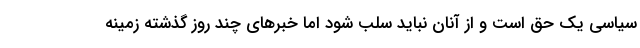
سیاسی یک حق است و از آنان نباید سلب شود اما خبرهای چند روز گذشته زمینه